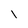
Character: l